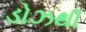
ડોઝથી